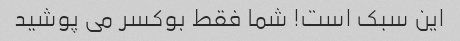
این سبک است! شما فقط بوکسر می پوشید